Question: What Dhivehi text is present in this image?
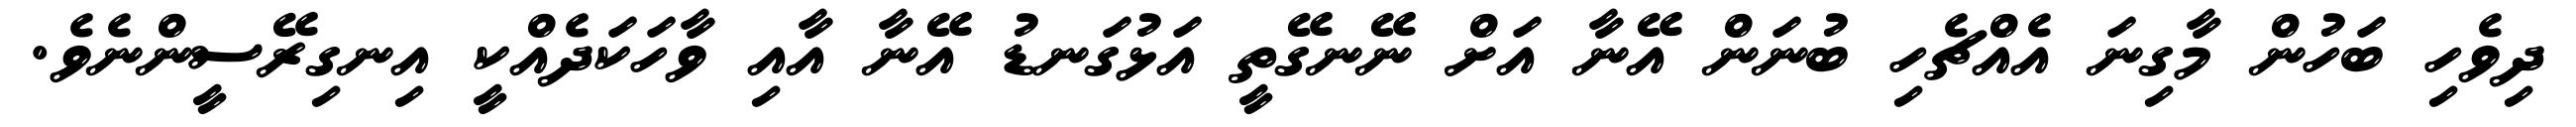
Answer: ދިވެހި ބަހުން މާގިނަ އެއްޗެހި ބުނަން އޭނާ އަށް ނޭނގޭތީ އަޅުގަނޑު އޭނާ އާއި ވާހަކަދެއްކީ އިނގިރޭސީންނެވެ.